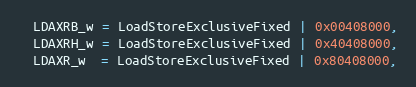
Language: C
  LDAXRB_w = LoadStoreExclusiveFixed | 0x00408000,
  LDAXRH_w = LoadStoreExclusiveFixed | 0x40408000,
  LDAXR_w  = LoadStoreExclusiveFixed | 0x80408000,